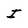
Character: I